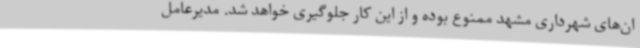
ان‌های شهرداری مشهد ممنوع بوده و از این کار جلوگیری خواهد شد. مدیرعامل